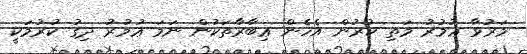
މަރުވާ ޢުމުރު މަތި ކުރުން އެހެން ޢިބާރާތަކުން ނަމަ ޢުމުރު ދިގު ކުރުމަކީ